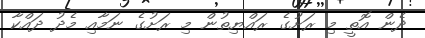
ދެން އޮތީ މި ރަށުގެ ރައްޔިތުން މި ރަށުގެ ނަމާއި މެދު ދައްކާ